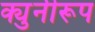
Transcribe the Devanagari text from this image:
क्युनीरूप